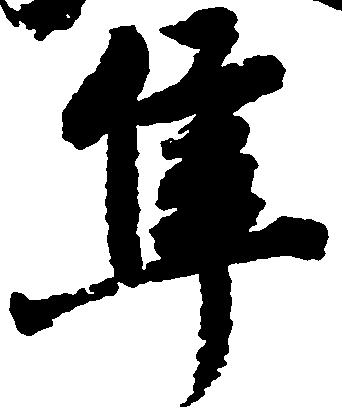
隼